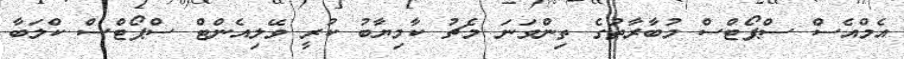
އެމްއެސް ސްޕޯޓްސް މުބާރާތުގެ ތިންވަނަ މެޗު ކާމިޔާބު ކުރީ ވޭލިއެންޓް ސްޕޯޓްސް ކްލަބާ